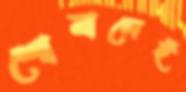
শোনালেই